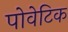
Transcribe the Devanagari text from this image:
पोवेटिक